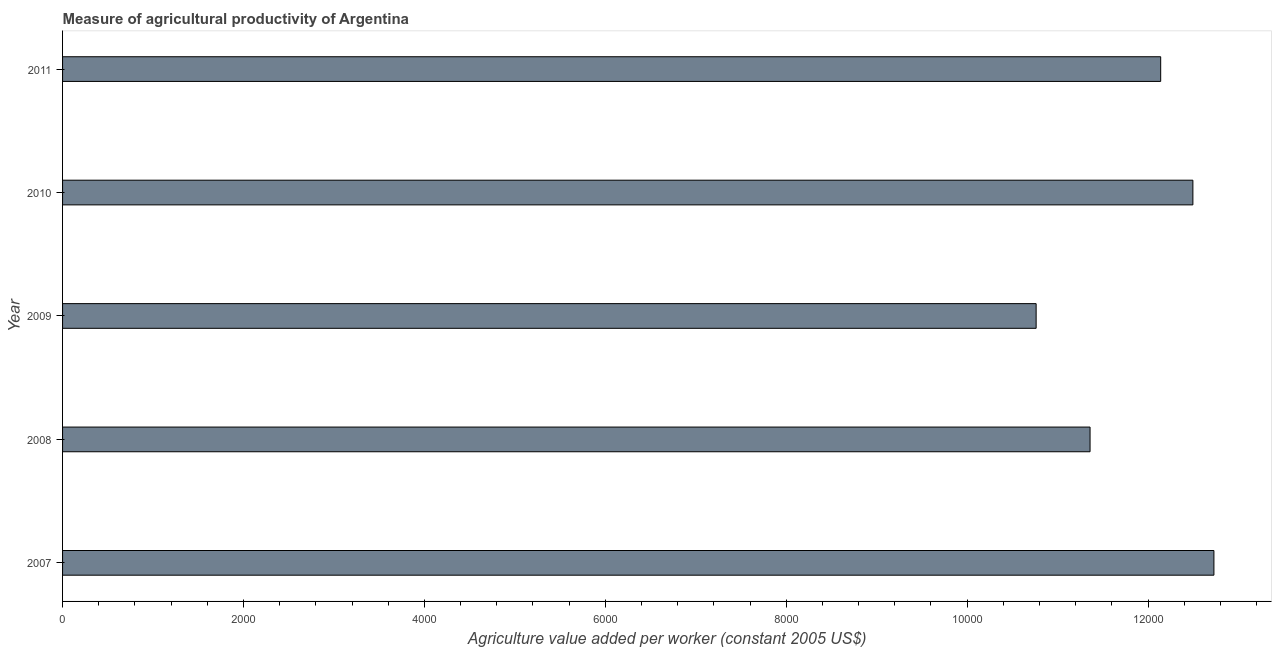
| Year | Agriculture value added per worker |
 | --- | --- |
 | 2007 | 1.27e+04 |
 | 2008 | 1.14e+04 |
 | 2009 | 1.08e+04 |
 | 2010 | 1.25e+04 |
 | 2011 | 1.21e+04 |